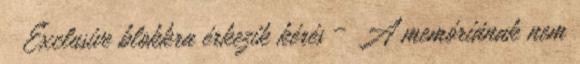
● Exclusive blokkra érkezik kérés – A memóriának nem